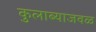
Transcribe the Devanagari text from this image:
कुलाब्याजवळ